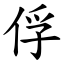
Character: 俘